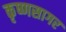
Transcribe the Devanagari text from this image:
कृष्णसागर